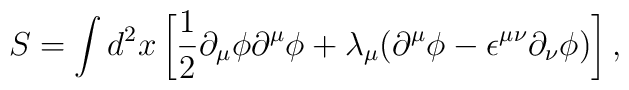
S=\int d^{2}x\left[{\frac 1 2}{\partial}_{\mu}{\phi}{\partial}^{\mu}{\phi}+{\lambda}_{\mu}({\partial}^{\mu}{\phi}-{\epsilon}^{{\mu}{\nu}}{\partial}_{\nu}{\phi})\right],